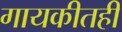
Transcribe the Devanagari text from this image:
गायकीतही